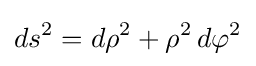
ds^{2}=d\rho ^{2}+\rho ^{2}\,d\varphi ^{2}